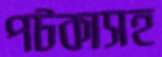
পটকাসহ